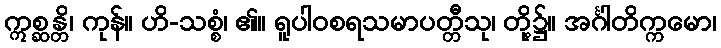
ဣစ္ဆန္တိ၊ ကုန်။ ဟိ-သစ္စံ၊ ၏။ ရူပါဝစရသမာပတ္တီသု၊ တို့၌။ အင်္ဂါတိက္ကမော၊